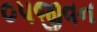
૦૫જીવન